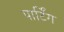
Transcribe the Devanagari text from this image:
पार्टिंग